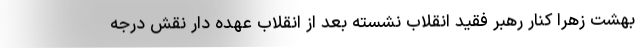
بهشت زهرا کنار رهبر فقید انقلاب نشسته بعد از انقلاب عهده دار نقش درجه